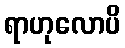
ရာဟုလောပိ